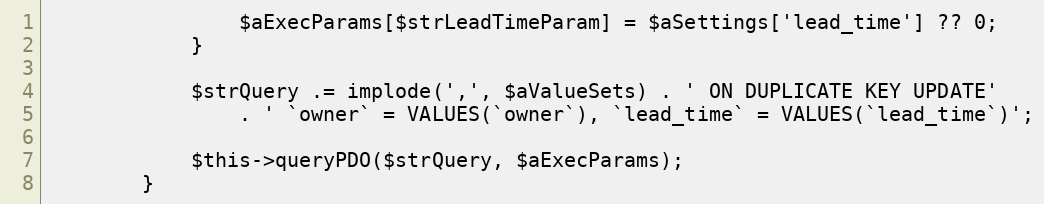
Language: PHP
                $aExecParams[$strLeadTimeParam] = $aSettings['lead_time'] ?? 0;
            }

            $strQuery .= implode(',', $aValueSets) . ' ON DUPLICATE KEY UPDATE'
                . ' `owner` = VALUES(`owner`), `lead_time` = VALUES(`lead_time`)';

            $this->queryPDO($strQuery, $aExecParams);
        }